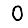
Digit: 0